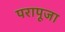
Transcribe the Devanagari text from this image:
परापूजा